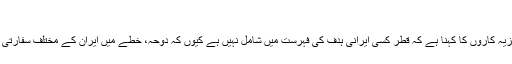
ایرانی اہداف
مغربی عہدیداروں اور تجزیہ کاروں کا کہنا ہے کہ قطر کسی ایرانی ہدف کی فہرست میں شامل نہیں ہے کیوں کہ دوحہ، خطے میں ایران کے مختلف سفارتی اقدامات کا حامی رہا ہے۔